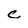
Character: C